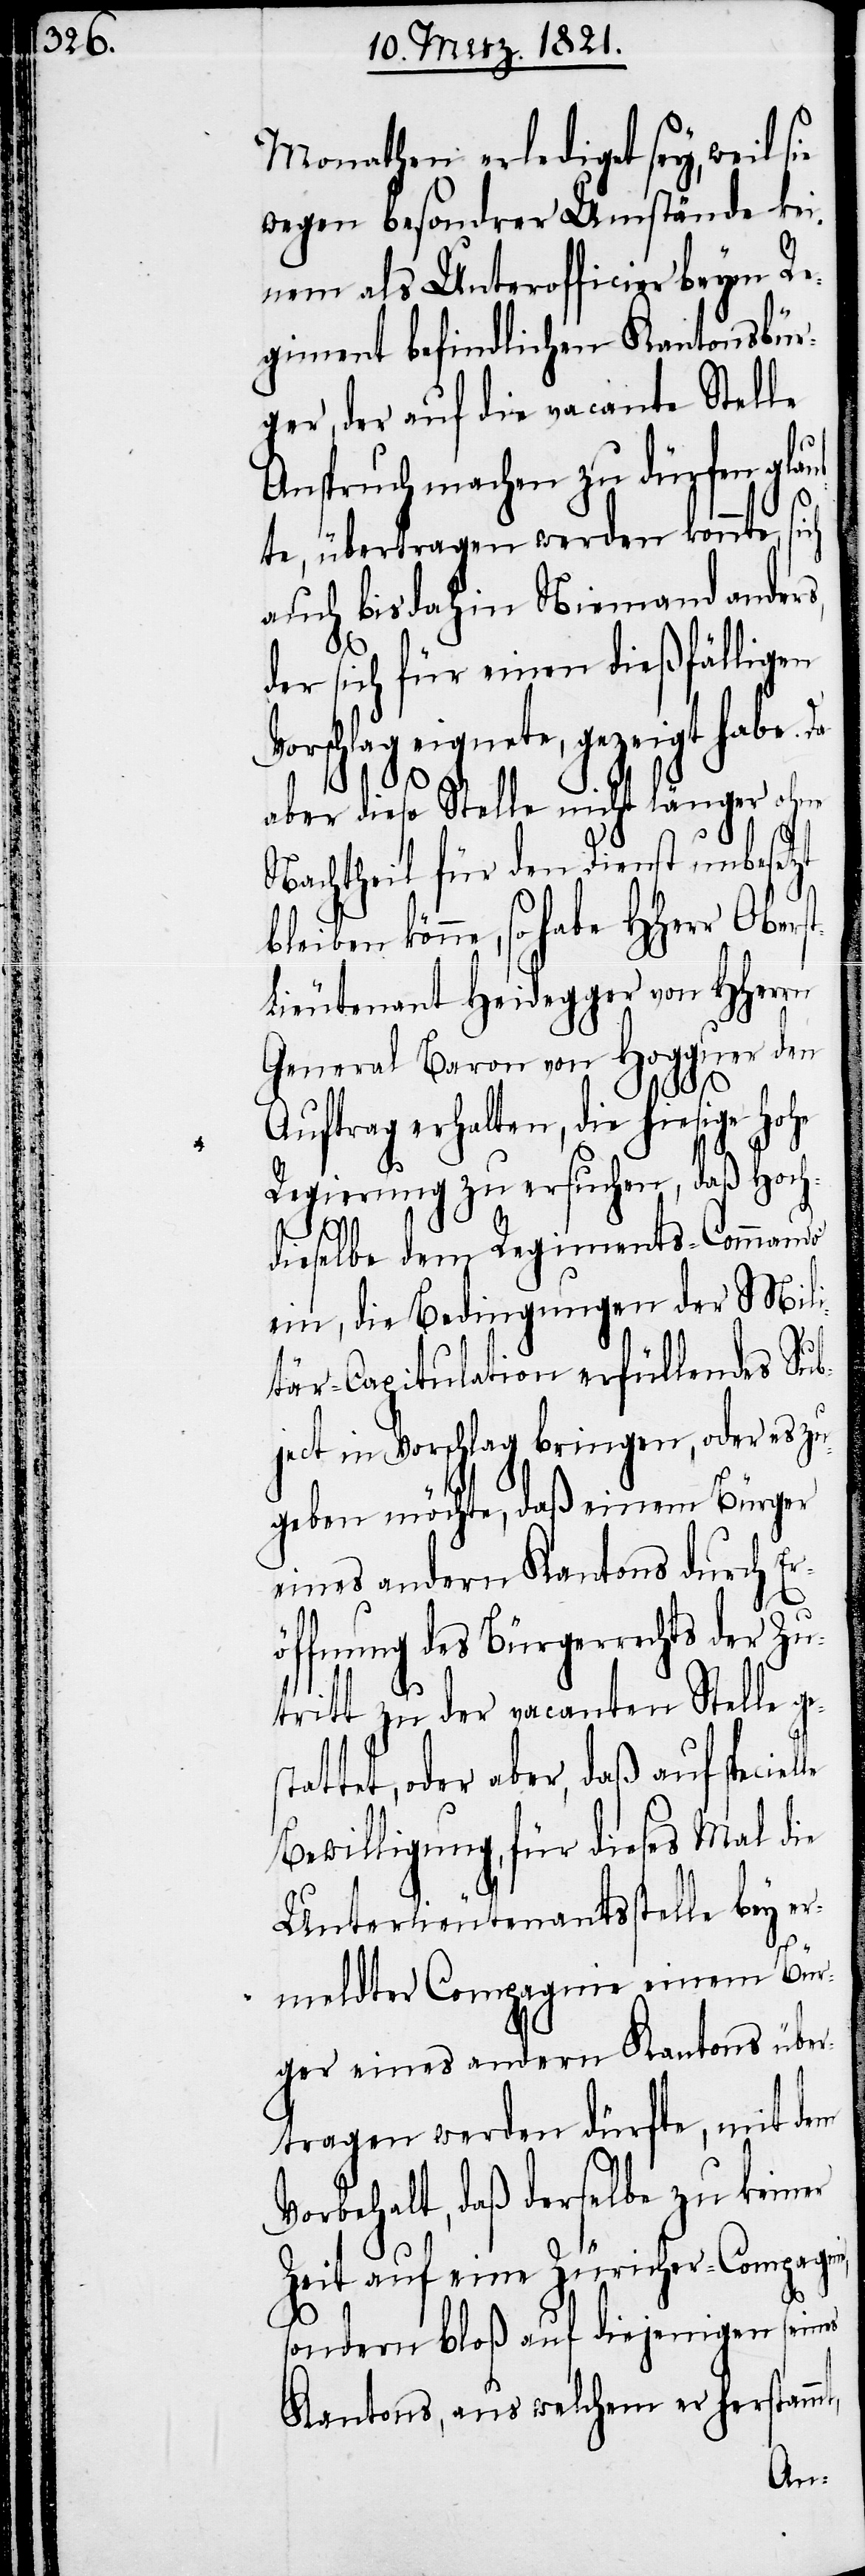
Monathen erlediget sey, weil
wegen besondrer Umstände kei¬
nem als Unterofficier beym Re¬
giment befindlichen Kantonsbür¬
ger, der auf die vacante Stelle
Anspruch machen zu dürfen glau¬
bte, übertragen werden könnte, sich
auch bisdahin Niemand ander¬
lle
der sich für einen dießfälligen
Vorschlag eignete, gezeigt habe. Da
aber diese Stelle nicht länger ohne
Nachtheil für den Dienst unbesetzt
könne, so habe HHerr Obers¬
t-Lieutenant Heidegger von HHerrn
General Baron von Hogguer den
Auftrag erhalten, die hiesige hohe
Regierung zu ersuchen, daß Hoch¬
dieselbe dem Regiments-Commando
ein, die Bedingungen der Mil¬
itär-Capitulation erfüllendes Sub¬
ject in Vorschlag bringen, oder es zu¬
geben möchte, daß einem Bürger
eines andern Kantons durch Er¬
öffnung des Bürgerrechts der Zu¬
tritt zu der vacanten Stelle ge¬
attet, oder aber, daß auf specie¬
Bewilligung, für dieses Mal die
Unterlieutenantsstelle bey e¬
rmeldter Compagnie einem Bür¬
ger eines andern Kantons über¬
tragen werden dürfte, mit dem
Vorbehalt, daß derselbe zu keiner
Zeit auf eine Züricher-Compagnie,
st¬
sondern bloß auf diejenigen seines
Kantons, aus welchem er herstammt,